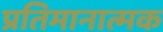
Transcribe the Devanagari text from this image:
प्रतिमानात्मक